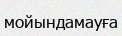
мойындамауға